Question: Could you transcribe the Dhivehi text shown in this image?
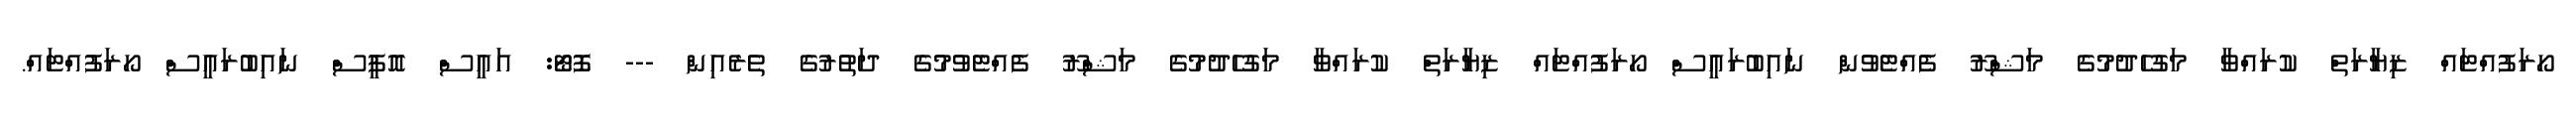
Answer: ހޯރަފުއްޓައް ޒިޔާރަތް ކުރައްވާ މަގުހެދުމުގެ މަޝްރޫ ފެއްޓެވުން ނައިބުރައީސް ހޯރަފުއްޓައް ޒިޔާރަތް ކުރައްވާ މަގުހެދުމުގެ މަޝްރޫ ފެއްޓެވުމުގެ ދަތުރުގެ ތެރެއިން --- ފޮޓޯ: އައީސް އޮފީސް ނައިބުރައީސް ހޯރަފުއްޓައް.